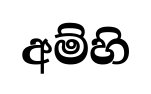
අම්හි